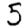
Digit: 5